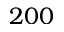
2 0 0